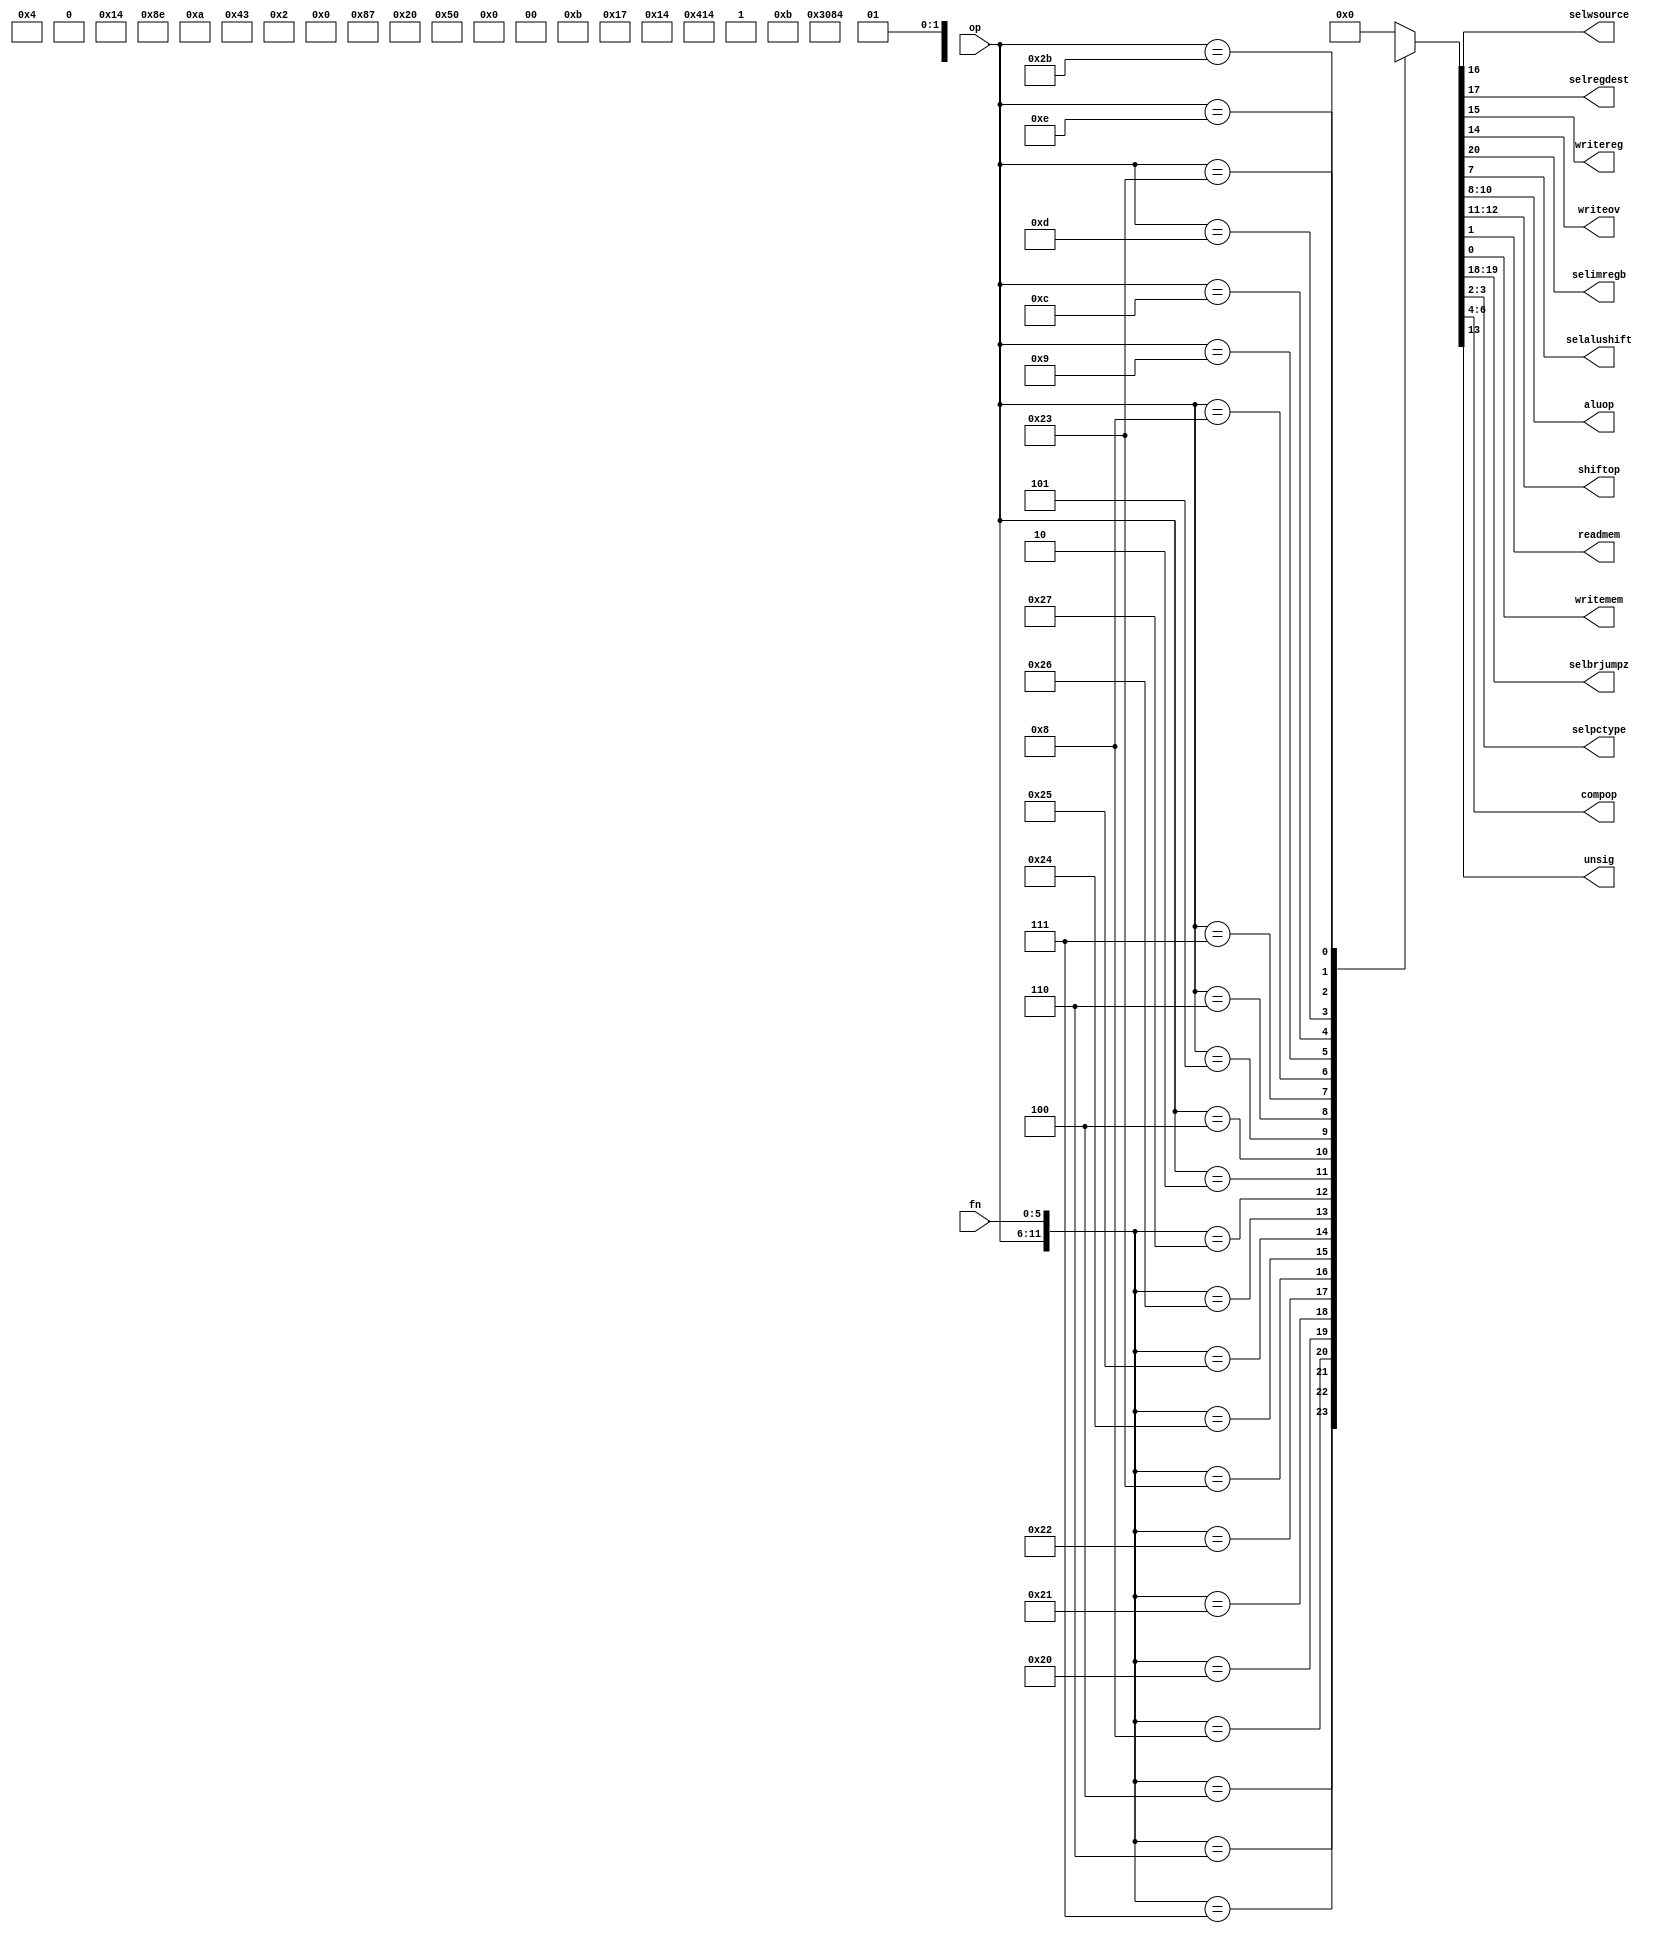
module Control (
    input     [5:0]    op,
    input     [5:0]    fn,
    output             selwsource,
    output             selregdest,
    output             writereg,
    output             writeov,
    output             selimregb,
    output             selalushift,
    output    [2:0]    aluop,
    output    [1:0]    shiftop,
    output             readmem,
    output             writemem,
    output    [1:0]    selbrjumpz,
    output    [1:0]    selpctype,
    output    [2:0]    compop,
    output             unsig
);

    wire    [12:0]    sel;
    reg     [20:0]    out;

    assign sel = {op,fn};

    assign selimregb = out[20];
    assign selbrjumpz = out[19:18];
    assign selregdest = out[17];
    assign selwsource = out[16];
    assign writereg = out[15];
    assign writeov = out[14];
    assign unsig = out[13];
    assign shiftop = out[12:11];
    assign aluop = out[10:8];
    assign selalushift = out[7];
    assign compop = out[6:4];
    assign selpctype = out[3:2];
    assign readmem = out[1];
    assign writemem = out[0];

    always @(*) begin
        casex (sel) 
            12'b000000000100: out <= 21'b0001011X10XXX1XXXXX00;
            12'b000000000110: out <= 21'b0001011X00XXX1XXXXX00;
            12'b000000000111: out <= 21'b0001011X01XXX1XXXXX00;
            12'b000000001000: out <= 21'bX01XX0XXXXXXXXXXX0100;
            12'b000000100000: out <= 21'b00010100XX0100XXXXX00;
            12'b000000100001: out <= 21'b00010111XX0100XXXXX00;
            12'b000000100010: out <= 21'b00010100XX1100XXXXX00;
            12'b000000100011: out <= 21'b00010111XX1100XXXXX00;
            12'b000000100100: out <= 21'b0001011XXX0000XXXXX00;
            12'b000000100101: out <= 21'b0001011XXX0010XXXXX00;
            12'b000000100110: out <= 21'b0001011XXX1010XXXXX00;
            12'b000000100111: out <= 21'b0001011XXX1000XXXXX00;
            12'b000010XXXXXX: out <= 21'bX01XX0XXXXXXXXXXX1000;
            12'b000100XXXXXX: out <= 21'bX10XX0X0XXXXXX0000000;
            12'b000101XXXXXX: out <= 21'bX10XX0X0XXXXXX1010000;
            12'b000110XXXXXX: out <= 21'bX10XX0X0XXXXXX0100000;
            12'b000111XXXXXX: out <= 21'bX10XX0X0XXXXXX0110000;
            12'b001000XXXXXX: out <= 21'b10000100XX0100XXXXX00;
            12'b001001XXXXXX: out <= 21'b10000111XX0100XXXXX00;
            12'b001100XXXXXX: out <= 21'b1000011XXX0000XXXXX00;
            12'b001101XXXXXX: out <= 21'b1000011XXX0010XXXXX00;
            12'b001110XXXXXX: out <= 21'b1000011XXX1010XXXXX00;
            12'b100011XXXXXX: out <= 21'b10001110XX0100XXXXX10;
            12'b101011XXXXXX: out <= 21'b100XX0X0XX0100XXXXX01;
            default:          out <= 21'b000000000000000000000;
        endcase
    end

endmodule